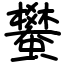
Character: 蠜